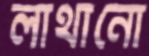
লাথানো